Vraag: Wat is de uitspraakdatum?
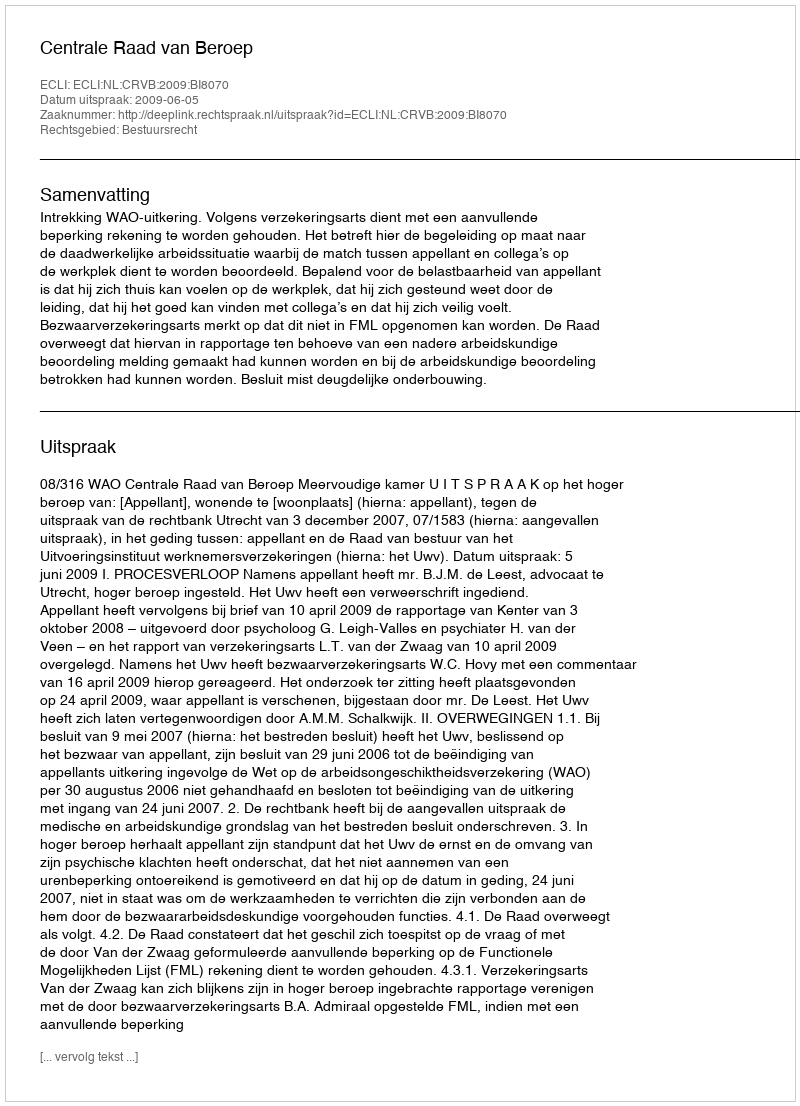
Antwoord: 2009-06-05